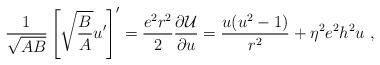
LaTeX: \begin{align*}\frac1{\sqrt{AB}}\left[\sqrt{\frac BA}u'\right]'=\frac{e^2r^2}2\frac{\partial{\cal U}}{\partial u}=\frac{u(u^2-1)}{r^2}+\eta^2e^2h^2u \ ,\end{align*}